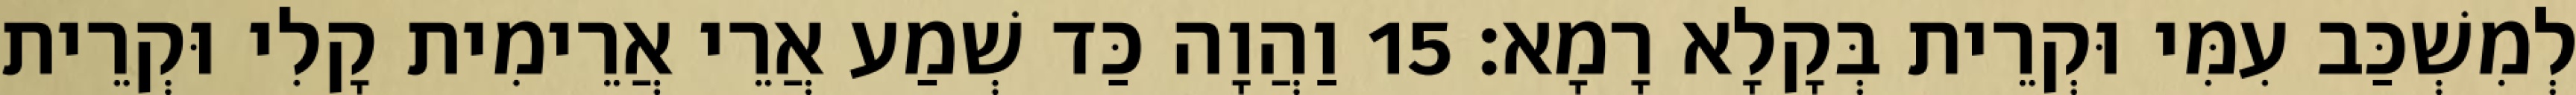
לְמִשְׁכַּב עִמִּי וּקְרֵית בְּקָלָא רָמָא׃ 15 וַהֲוָה כַּד שְׁמַע אֲרֵי אֲרֵימִית קָלִי וּקְרֵית